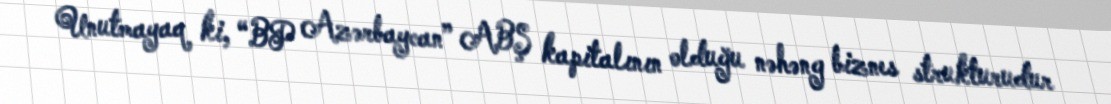
Unutmayaq ki, “BP Azərbaycan” ABŞ kapitalının olduğu nəhəng biznes strukturudur